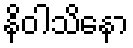
နိဝါသိနော